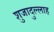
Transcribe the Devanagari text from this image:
शुजादुल्लाह